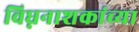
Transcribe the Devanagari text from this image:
विघ्ननाशकांच्या